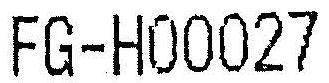
FG-H00027